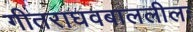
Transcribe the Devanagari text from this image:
गीतराघवबाललीलः